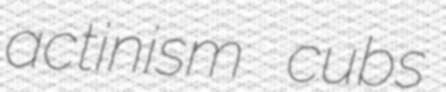
actinism cubs